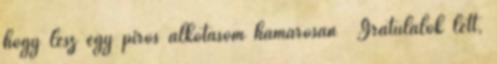
hogy lesz egy piros alkotásom hamarosan Gratulálok lett,